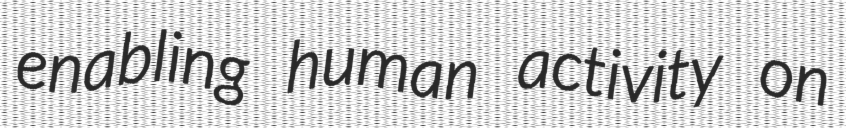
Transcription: enabling human activity on